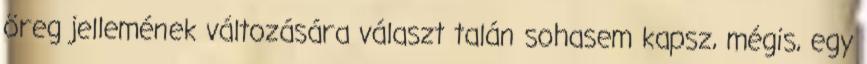
öreg jellemének változására választ talán sohasem kapsz, mégis, egy